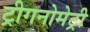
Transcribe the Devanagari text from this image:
ट्रीगनोमेट्री